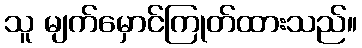
သူ မျက်မှောင်ကြုတ်ထားသည်။